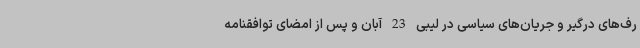
رف‌های درگیر و جریان‌های سیاسی در لیبی 23 آبان و پس از امضای توافقنامه